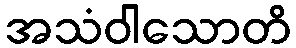
အသံဝါသောတိ